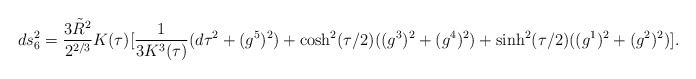
\begin{align*}ds_6^2 = {3{\tilde R}^2 \over 2^{2/3}}K(\tau)[{1 \over 3 K^3(\tau)}(d\tau^2+(g^5)^2)+\cosh^2(\tau/2)((g^3)^2+(g^4)^2)+\sinh^2(\tau/2)((g^1)^2+(g^2)^2)].\end{align*}